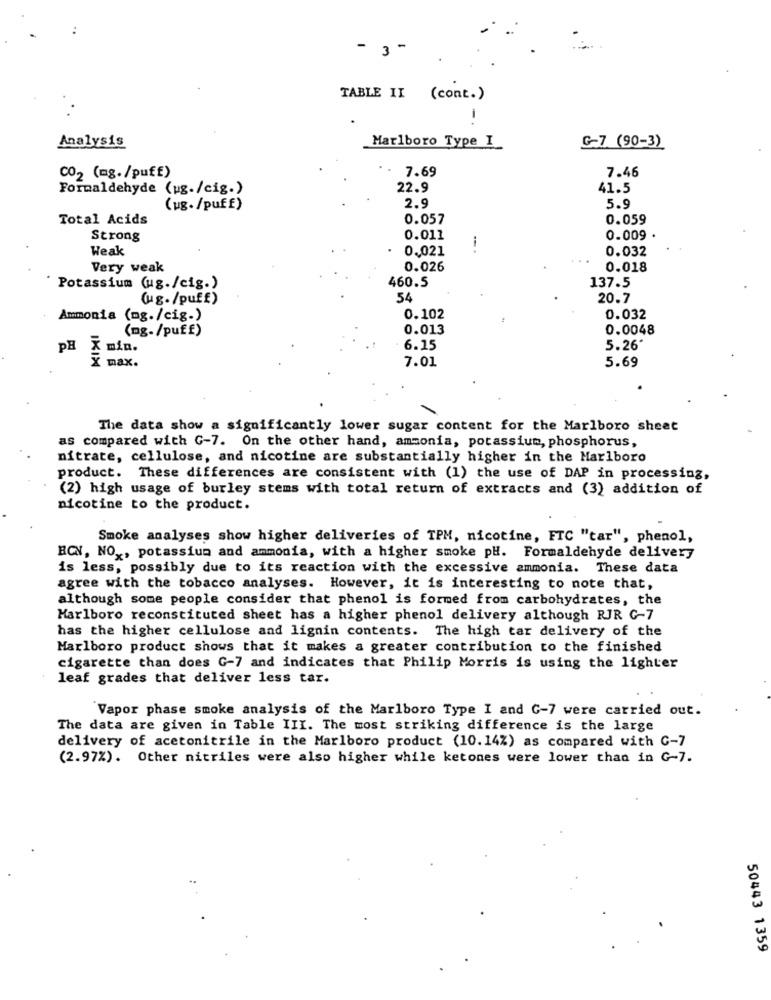
- 3-
TABLE II (cont.)
-
Analysis
Marlboro Type I
G-7 (90-3)
CO2 (mg./puff)
7.46
7.69
Formaldehyde (ug./cig.)
22.9
41.5
(ug./puff)
2.9
5.9
Total Acids
0.057
0.059
Strong
0.011
0.009
Weak
0,021
--
0.032
Very weak
0.026
0.018
460.5
137.5
Potassium (ug./cig.)
(ug. /puff)
54
20.7
Ammonia (mg./cig.)
0.102
0.032
(mg-/puff)
0.013
0.0048
5.26*
PH
X min.
6.15
( max.
7.01
5.69
The data show a significantly lower sugar content for the Marlboro sheet
as compared with G-7. On the other hand, ammonia, potassium, phosphorus,
nitrate, cellulose, and nicotine are substantially higher in the Marlboro
product. These differences are consistent with (1) the use of DAP in processing,
(2) high usage of burley stems with total return of extracts and (3) addition of
nicotine to the product.
Smoke analyses show higher deliveries of TPM, nicotine, FTC "tar", phenol,
BCN, NO ,, potassium and ammonia, with a higher smoke pH. Formaldehyde delivery
is less, possibly due to its reaction with the excessive ammonia. These data
agree with the tobacco analyses. However, it is interesting to note that,
although some people consider that phenol is formed from carbohydrates, the
Marlboro reconstituted sheet has a higher phenol delivery although RJR G-7
has the higher cellulose and lignin contents. The high tar delivery of the
Marlboro product shows that it makes a greater contribution to the finished
cigarette than does G-7 and indicates that Philip Morris is using the lighter
leaf grades that deliver less tar.
Vapor phase smoke analysis of the Marlboro Type I and G-7 were carried out.
The data are given in Table III. The most striking difference is the large
delivery of acetonitrile in the Marlboro product (10.14%) as compared with C-7
(2.97%). Other nitriles were also higher while ketones were lower than in G-7.
50443 1359